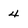
Character: 4